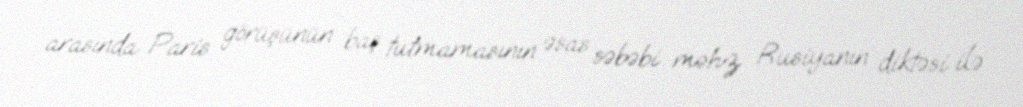
arasında Paris görüşünün baş tutmamasının əsas səbəbi məhz Rusiyanın diktəsi ilə